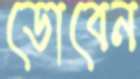
ডোবেন